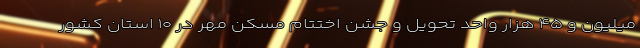
میلیون و ۴۵ هزار واحد تحویل و جشن اختتام مسکن مهر در ۱۰ استان کشور